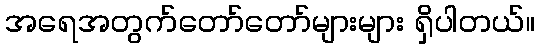
အရေအတွက်တော်တော်များများ ရှိပါတယ်။